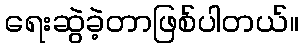
ရေးဆွဲခဲ့တာဖြစ်ပါတယ်။